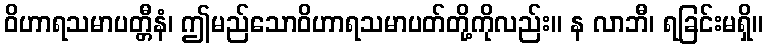
ဝိဟာရသမာပတ္တီနံ၊ ဤမည်သောဝိဟာရသမာပတ်တို့ကိုလည်း။ န လာဘီ၊ ရခြင်းမရှိ။